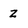
Character: z